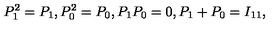
P _ { 1 } ^ { 2 } = P _ { 1 } , P _ { 0 } ^ { 2 } = P _ { 0 } , P _ { 1 } P _ { 0 } = 0 , P _ { 1 } + P _ { 0 } = I _ { 1 1 } ,